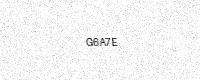
Text: G6A7E